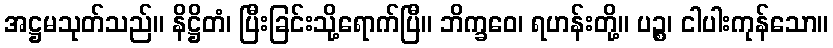
အဋ္ဌမသုတ်သည်။ နိဋ္ဌိတံ၊ ပြီးခြင်းသို့ရောက်ပြီ။ ဘိက္ခဝေ၊ ရဟန်းတို့။ ပဉ္စ၊ ငါပါးကုန်သော။